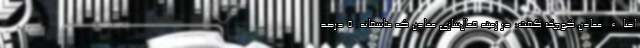
احیاء معادن کوچک گفت: در زمینه فعال‌سازی معادن که متاسفانه ۵۰ درصد